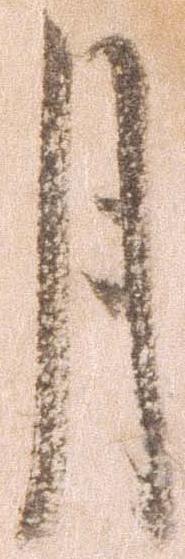
月